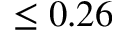
\leq 0 . 2 6